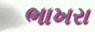
ભાખરા